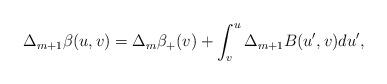
LaTeX: \begin{align*} \Delta_{m+1}\beta(u,v)=\Delta_{m}\beta_+(v)+\int_v^u\Delta_{m+1}B(u',v)du',\end{align*}